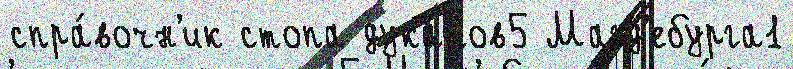
спра́вочн'ик стопа дукатов5 Магд'ебурга1